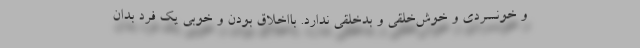
و خونسردی و خوش‌خلقی و بدخلقی ندارد. با‌اخلاق بودن و خوبی یک فرد بدان